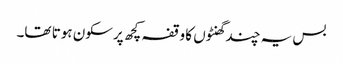
بس یہ چند گھنٹوں کا وقفہ کچھ پرسکون ہوتا تھا۔